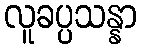
လူခပ္ပသန္နာ